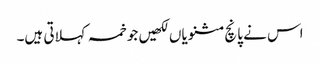
اس نے پانچ مثنویاں لکھیں جو خمسہ کہلاتی ہیں۔